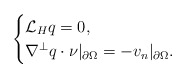
\begin{align*}\begin{cases}\mathcal{L}_H q=0,\\\nabla^{\perp} q\cdot\nu|_{\partial \Omega}=-v_n|_{\partial \Omega}. \\\end{cases}\end{align*}